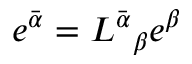
e ^ { \bar { \alpha } } = L ^ { \bar { \alpha } } { } _ { \beta } e ^ { \beta }